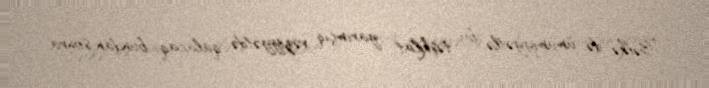
Bəlkə də, ümumiyyətlə, bu təşkilat yarımçıq vəziyyətdə qalacaq, bundan sonra